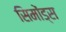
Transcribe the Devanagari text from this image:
सिमोंड्स